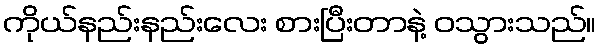
ကိုယ်နည်းနည်းလေး စားပြီးတာနဲ့ ဝသွားသည်။